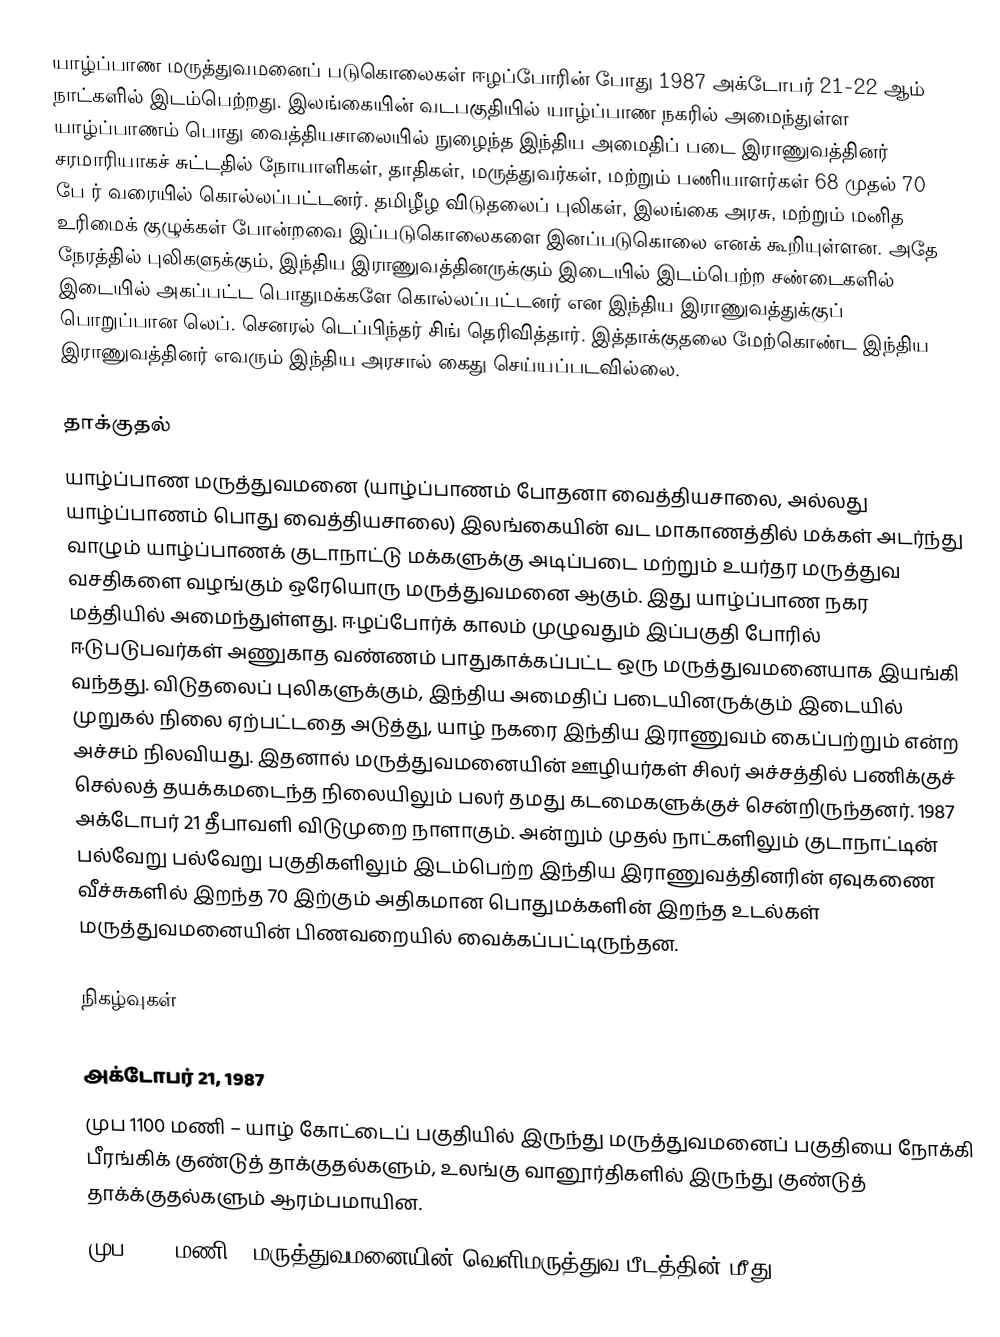
யாழ்ப்பாண மருத்துவமனைப் படுகொலைகள் ஈழப்போரின் போது 1987 அக்டோபர் 21-22 ஆம் நாட்களில் இடம்பெற்றது. இலங்கையின் வடபகுதியில் யாழ்ப்பாண நகரில் அமைந்துள்ள யாழ்ப்பாணம் பொது வைத்தியசாலையில் நுழைந்த இந்திய அமைதிப் படை இராணுவத்தினர் சரமாரியாகச் சுட்டதில் நோயாளிகள், தாதிகள், மருத்துவர்கள், மற்றும் பணியாளர்கள் 68 முதல் 70 பே ர் வரையில் கொல்லப்பட்டனர். தமிழீழ விடுதலைப் புலிகள், இலங்கை அரசு, மற்றும் மனித உரிமைக் குழுக்கள் போன்றவை இப்படுகொலைகளை இனப்படுகொலை எனக் கூறியுள்ளன. அதே நேரத்தில் புலிகளுக்கும், இந்திய இராணுவத்தினருக்கும் இடையில் இடம்பெற்ற சண்டைகளில் இடையில் அகப்பட்ட பொதுமக்களே கொல்லப்பட்டனர் என இந்திய இராணுவத்துக்குப் பொறுப்பான லெப். செனரல் டெப்பிந்தர் சிங் தெரிவித்தார். இத்தாக்குதலை மேற்கொண்ட இந்திய இராணுவத்தினர் எவரும் இந்திய அரசால் கைது செய்யப்படவில்லை.

தாக்குதல்
யாழ்ப்பாண மருத்துவமனை (யாழ்ப்பாணம் போதனா வைத்தியசாலை, அல்லது யாழ்ப்பாணம் பொது வைத்தியசாலை) இலங்கையின் வட மாகாணத்தில் மக்கள் அடர்ந்து வாழும் யாழ்ப்பாணக் குடாநாட்டு மக்களுக்கு அடிப்படை மற்றும் உயர்தர மருத்துவ வசதிகளை வழங்கும் ஒரேயொரு மருத்துவமனை ஆகும். இது யாழ்ப்பாண நகர மத்தியில் அமைந்துள்ளது. ஈழப்போர்க் காலம் முழுவதும் இப்பகுதி போரில் ஈடுபடுபவர்கள் அணுகாத வண்ணம் பாதுகாக்கப்பட்ட ஒரு மருத்துவமனையாக இயங்கி வந்தது. விடுதலைப் புலிகளுக்கும், இந்திய அமைதிப் படையினருக்கும் இடையில் முறுகல் நிலை ஏற்பட்டதை அடுத்து, யாழ் நகரை இந்திய இராணுவம் கைப்பற்றும் என்ற அச்சம் நிலவியது. இதனால் மருத்துவமனையின் ஊழியர்கள் சிலர் அச்சத்தில் பணிக்குச் செல்லத் தயக்கமடைந்த நிலையிலும் பலர் தமது கடமைகளுக்குச் சென்றிருந்தனர். 1987 அக்டோபர் 21 தீபாவளி விடுமுறை நாளாகும். அன்றும் முதல் நாட்களிலும் குடாநாட்டின் பல்வேறு பல்வேறு பகுதிகளிலும் இடம்பெற்ற இந்திய இராணுவத்தினரின் ஏவுகணை வீச்சுகளில் இறந்த 70 இற்கும் அதிகமான பொதுமக்களின் இறந்த உடல்கள் மருத்துவமனையின் பிணவறையில் வைக்கப்பட்டிருந்தன.

நிகழ்வுகள்

அக்டோபர் 21, 1987
முப 1100 மணி – யாழ் கோட்டைப் பகுதியில் இருந்து மருத்துவமனைப் பகுதியை நோக்கி பீரங்கிக் குண்டுத் தாக்குதல்களும், உலங்கு வானூர்திகளில் இருந்து குண்டுத் தாக்க்குதல்களும் ஆரம்பமாயின.
முப 1130 மணி – மருத்துவமனையின் வெளிமருத்துவ பீடத்தின் மீது